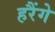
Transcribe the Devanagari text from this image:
हरैंगे